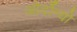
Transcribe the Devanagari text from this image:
ओर्दोन्यो